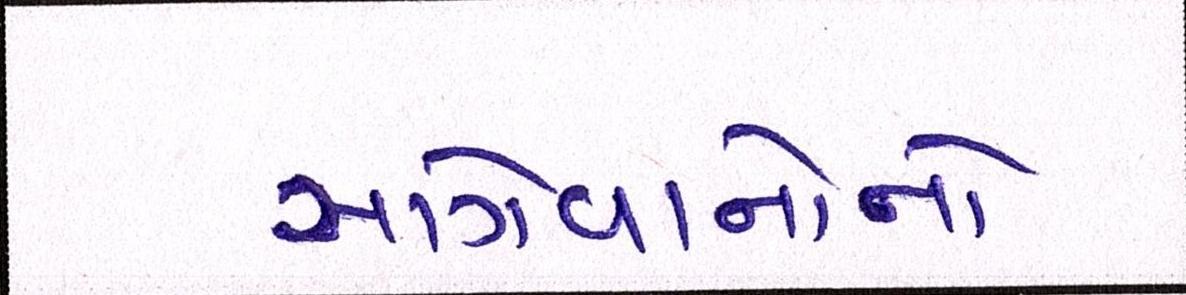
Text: આગેવાનોનો